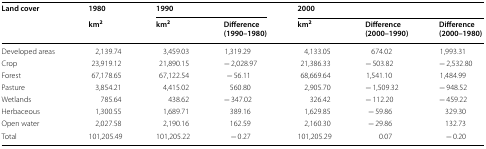
| <ROWSPAN=2> Land cover | 1980 | <COLSPAN=2> 1990 | <COLSPAN=3> 2000 |
 | km2 | km2 | Difference (1990–1980) | km2 | Difference (2000–1990) | Difference (2000–1980) |
 | --- | --- | --- | --- | --- | --- | --- |
 | Developed areas | 2,139.74 | 3,459.03 | 1,319.29 | 4,133.05 | 674.02 | 1,993.31 |
 | Crop | 23,919.12 | 21,890.15 | − 2,028.97 | 21,386.33 | − 503.82 | − 2,532.80 |
 | Forest | 67,178.65 | 67,122.54 | − 56.11 | 68,669.64 | 1,541.10 | 1,484.99 |
 | Pasture | 3,854.21 | 4,415.02 | 560.80 | 2,905.70 | − 1,509.32 | − 948.52 |
 | Wetlands | 785.64 | 438.62 | − 347.02 | 326.42 | − 112.20 | − 459.22 |
 | Herbaceous | 1,300.55 | 1,689.71 | 389.16 | 1,629.85 | − 59.86 | 329.30 |
 | Open water | 2,027.58 | 2,190.16 | 162.59 | 2,160.30 | − 29.86 | 132.73 |
 | Total | 101,205.49 | 101,205.22 | − 0.27 | 101,205.29 | 0.07 | − 0.20 |